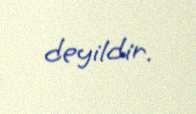
deyildir.